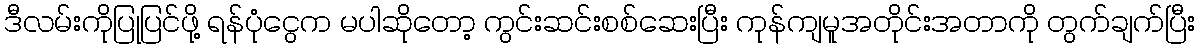
ဒီလမ်းကိုပြုပြင်ဖို့ ရန်ပုံငွေက မပါဆိုတော့ ကွင်းဆင်းစစ်ဆေးပြီး ကုန်ကျမူအတိုင်းအတာကို တွက်ချက်ပြီး